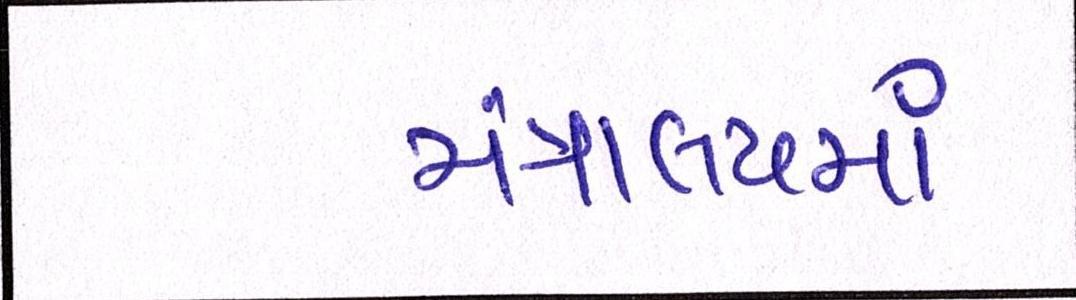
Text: મંત્રાલયમાં